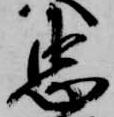
忠